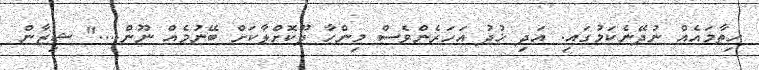
ހިތާމައެއް ނުދޭނެކަމުގައި. އަދި ޚުދު އަހަރެންވެސް މިންހާ ދޫކޮށްލާކަށް ބޭނުމެއް ނޫން...." ޝިޒާން